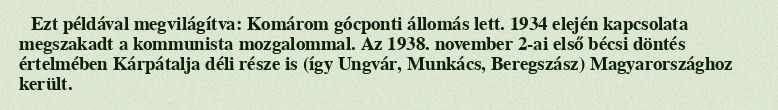
Ezt példával megvilágítva: Komárom gócponti állomás lett. 1934 elején kapcsolata megszakadt a kommunista mozgalommal. Az 1938. november 2-ai első bécsi döntés értelmében Kárpátalja déli része is (így Ungvár, Munkács, Beregszász) Magyarországhoz került.